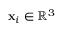
\mathbf { x } _ { i } \in \mathbb { R } ^ { 3 }